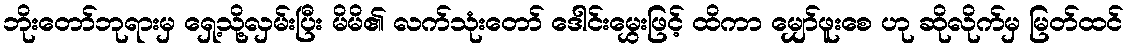
ဘိုးတော်ဘုရားမှ ရှေ့သို့လှမ်းပြီး မိမိ၏ လက်သုံးတော် ဒေါင်းမွှေးဖြင့် ထိကာ မျှော်ဖူးစေ ဟု ဆိုလိုက်မှ မြတ်ထင်